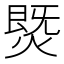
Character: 𰟅